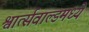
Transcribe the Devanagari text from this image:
श्वार्त्सवाल्डमध्ये